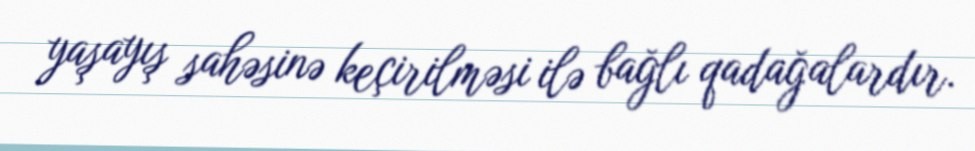
yaşayış sahəsinə keçirilməsi ilə bağlı qadağalardır.